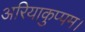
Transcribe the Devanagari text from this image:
अरियाकुप्पम।